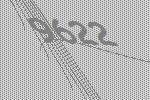
9622